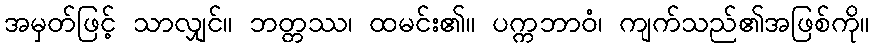
အမှတ်ဖြင့် သာလျှင်။ ဘတ္တဿ၊ ထမင်း၏။ ပက္ကဘာဝံ၊ ကျက်သည်၏အဖြစ်ကို။